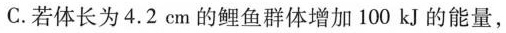
C.若体长为4.2cm的鲤鱼群体增加100kJ的能量，